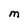
Character: M